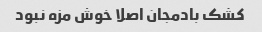
کشک بادمجان اصلا خوش مزه نبود